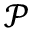
\mathcal { P }